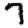
Digit: 7